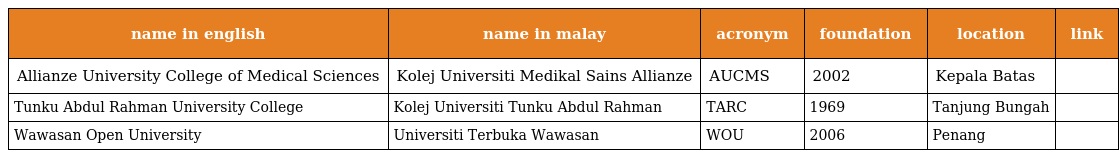
| name in english | name in malay | acronym | foundation | location | link |
 | --- | --- | --- | --- | --- | --- |
 | Allianze University College of Medical Sciences | Kolej Universiti Medikal Sains Allianze | AUCMS | 2002 | Kepala Batas |  |
 | Tunku Abdul Rahman University College | Kolej Universiti Tunku Abdul Rahman | TARC | 1969 | Tanjung Bungah |  |
 | Wawasan Open University | Universiti Terbuka Wawasan | WOU | 2006 | Penang |  |